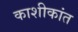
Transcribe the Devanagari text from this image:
काशीकांत